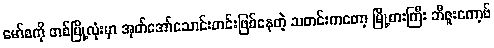
မော်စကို တစ်မြို့လုံးမှာ အုတ်အော်သောင်းတင်းဖြစ်နေတဲ့ သတင်းကတော့ မြို့စားကြီး ဘီဇူးကော့ဗ်